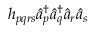
h _ { p q r s } \hat { a } _ { p } ^ { \dagger } \hat { a } _ { q } ^ { \dagger } \hat { a } _ { r } \hat { a } _ { s }